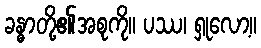
ခန္ဓာတို့၏အစုကို။ ပဿ၊ ရှုလော့။